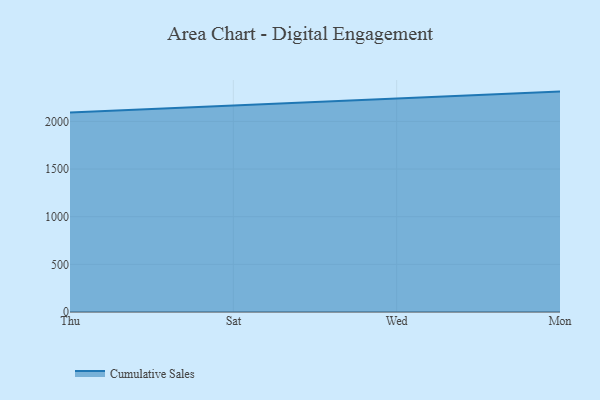
{"axis": {"x": "Day", "y": "Bounce Rate (%)"}, "legend": ["Cumulative Sales"], "data": [{"x": "Thu", "y": 2092.7, "type": "Cumulative Sales"}, {"x": "Sat", "y": 2166.7, "type": "Cumulative Sales"}, {"x": "Wed", "y": 2243.0, "type": "Cumulative Sales"}, {"x": "Mon", "y": 2312.8, "type": "Cumulative Sales"}]}